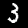
Digit: 3